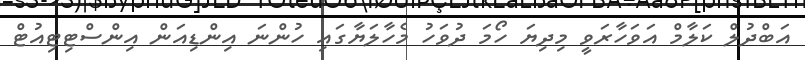
އަބްދުލް ކަލާމް އަވަހާރަވީ މިދިޔަ ހޯމަ ދުވަހު މެހާލަޔާގައި ހުންނަ އިންޑިއަން އިންސްޓިޓިއުޓް